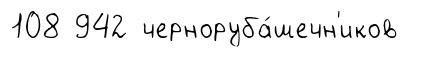
108 942 черноруба́шечн'иков